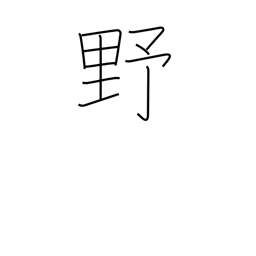
Meaning: plains